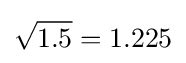
{\sqrt {1.5}}=1.225